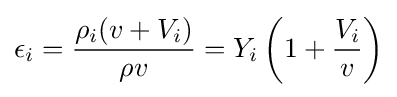
\epsilon _{i}={\frac {\rho _{i}(v+V_{i})}{\rho v}}=Y_{i}\left(1+{\frac {V_{i}}{v}}\right)